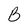
Character: B